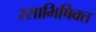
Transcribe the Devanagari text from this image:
रसाभिषिक्त